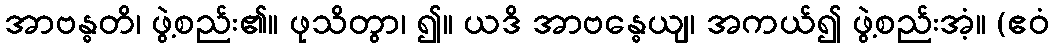
အာဗန္ဓတိ၊ ဖွဲ့စည်း၏။ ဖုသိတွာ၊ ၍။ ယဒိ အာဗန္ဓေယျ၊ အကယ်၍ ဖွဲ့စည်းအံ့။ (ဧဝံ